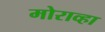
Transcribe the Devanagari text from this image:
मोराव्हा